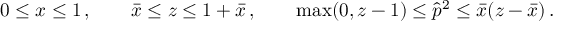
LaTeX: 0 \le x \le 1 \, , \qquad \bar { x } \le z \le 1 + \bar { x } \, , \qquad \mathrm { m a x } ( 0 , z - 1 ) \le \hat { p } ^ { 2 } \le \bar { x } ( z - \bar { x } ) \, .